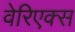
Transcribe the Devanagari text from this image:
वेरिएक्स